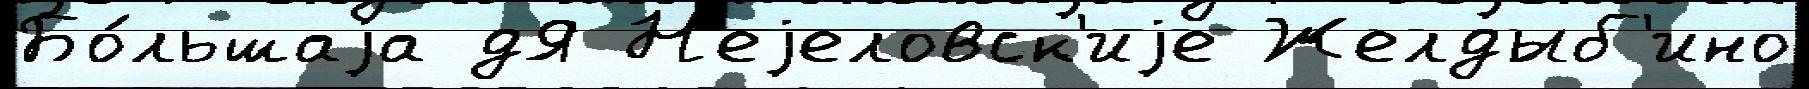
Бо́льшаjа дЯ Н'еjеловск'иjе Желдыб'ино